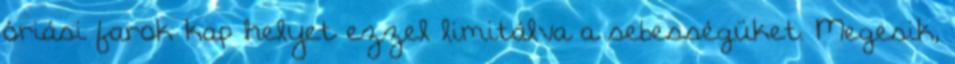
óriási farok kap helyet ezzel limitálva a sebességüket. Megesik,